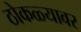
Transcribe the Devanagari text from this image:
ठोकळ्यावर